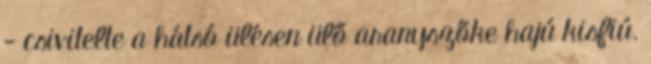
- csivitelte a hátsó ülésen ülő aranyszőke hajú kisfiú.